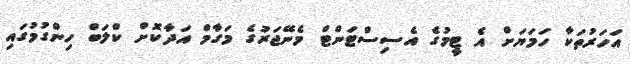
އަހަރުތަކާ ހަމަޔަށް އެ ޓީމުގެ އެސިސްޓަންޓް މެނޭޖަރުގެ މަގާމް އަދާކޮށް ކްލަބް ހިންގުމުގައި